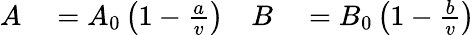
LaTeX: \begin{array}{rlrl}{A}&{{}=A_{0}\left(1-{\frac{a}{v}}\right)}&{B}&{{}=B_{0}\left(1-{\frac{b}{v}}\right)}\end{array}